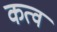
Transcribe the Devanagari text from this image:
कत्व